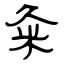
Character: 粂